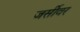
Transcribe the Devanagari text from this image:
जर्सीवर